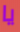
يا